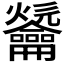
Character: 𪛑